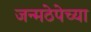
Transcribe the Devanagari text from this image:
जन्मठेपेच्या